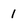
Character: I